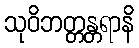
သုဝိဘတ္တန္တရာနိ